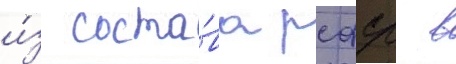
и́з соста́ва рсфср в